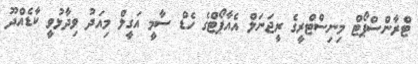
ޓްރާންސްޕޯޓް މިނިސްޓްރީގެ ރީޖަނަލް އެއާޕޯޓްގެ ހެޑް ސާމީ އަގީލް މިއަދު ވިދާޅުވީ ކާޑެއްދޫ